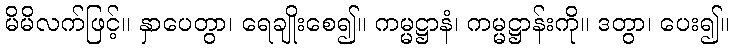
မိမိလက်ဖြင့်။ နှာပေတွာ၊ ရေချိုးစေ၍။ ကမ္မဋ္ဌာနံ၊ ကမ္မဋ္ဌာန်းကို။ ဒတွာ၊ ပေး၍။